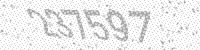
Solution: 237597